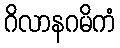
ဂိလာနဂမိကံ